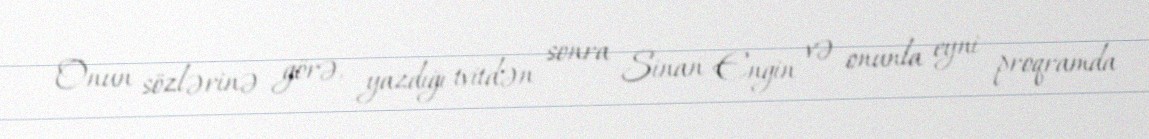
Onun sözlərinə görə, yazdığı tvitdən sonra Sinan Engin və onunla eyni proqramda